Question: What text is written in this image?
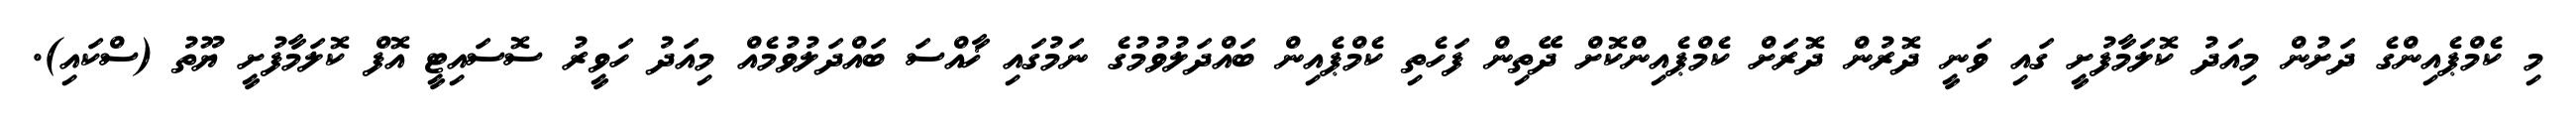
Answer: މި ކެމްޕެއިންގެ ދަށުން މިއަދު ކޮލަމާފުށީ ގައި ވަނީ ދޮރުން ދޮރަށް ކެމްޕެއިންކޮށް ދޭތިން ފަހެތި ކެމްޕެއިން ބައްދަލުވުމުގެ ނަމުގައި ޚާއްސަ ބައްދަލުވުމެއް މިއަދު ހަވީރު ސޮސައިޓީ އޮފް ކޮލަމާފުށީ ޔޫތު (ސްކައި).